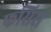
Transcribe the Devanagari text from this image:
फसिस